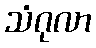
သံဂုလာ